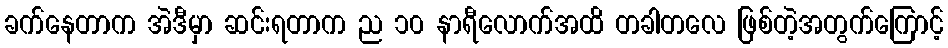
ခက်နေတာက အဲဒီမှာ ဆင်းရတာက ည ၁၀ နာရီလောက်အထိ တခါတလေ ဖြစ်တဲ့အတွက်ကြောင့်